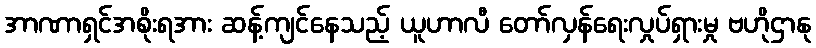
အာဏာရှင်အစိုးရအား ဆန့်ကျင်နေသည့် ယူဟာလီ တော်လှန်ရေးလှုပ်ရှားမှု ဗဟိုဌာနု